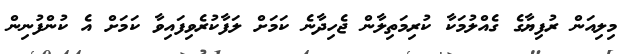
މިލިއަން ރުފިޔާގެ ގެއްލުމަކާ ކުރިމަތިލާން ޖެހިދާނެ ކަމަށް ލަފާކުރެވިފައިވާ ކަމަށް އެ ކުންފުނިން